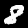
Digit: 8